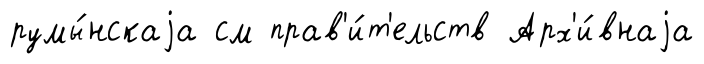
румы́нскаjа см прав'и́т'ельств Арх'и́внаjа